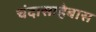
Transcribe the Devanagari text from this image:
चंदासाहेबास